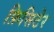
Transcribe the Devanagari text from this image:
फ़िसिटेर